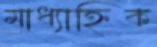
মাধ্যাহ্নিক